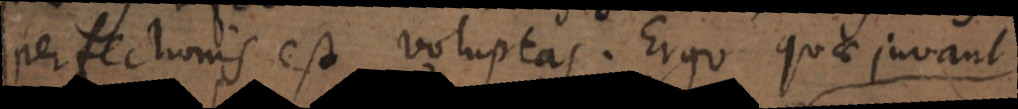
perfectionis est voluptas. Ergo quae juvant